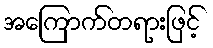
အကြောက်တရားဖြင့်